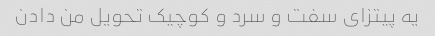
یه پیتزای سفت و سرد و کوچیک تحویل من دادن